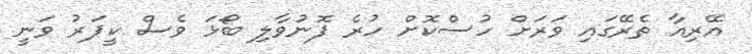
އޭރިއާ ތެރޭގައި ވަރަށް ހުސްކޮށް ހުރެ ފޮނުވާލި ބޯޅަ ވެސް ކީޕަރު ވަނީ